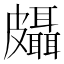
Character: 𱲉